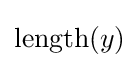
\mathrm {length} (y)